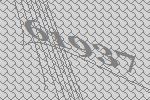
61937